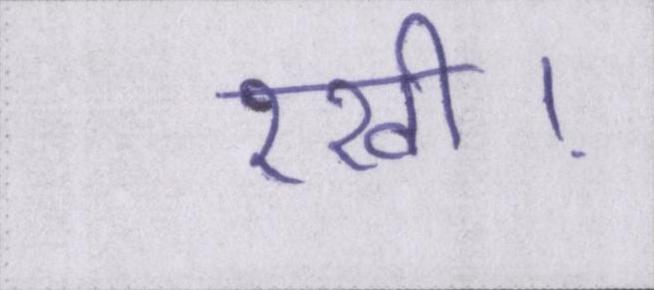
रखी।